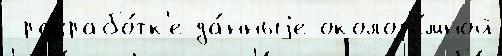
 разрабо́тк'е да́нныjе околоз'е́мной